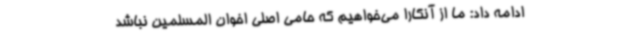
ادامه داد: ما از آنکارا می‌خواهیم که حامی اصلی اخوان المسلمین نباشد